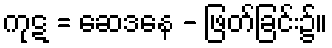
ကုဋ = ဆေဒနေ - ဖြတ်ခြင်း၌။